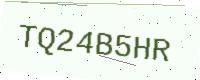
Text: TQ24B5HR